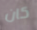
كان